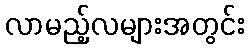
လာမည့်လများအတွင်း